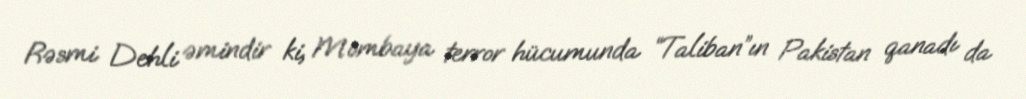
Rəsmi Dehli əmindir ki, Mombaya terror hücumunda “Taliban”ın Pakistan qanadı da